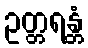
ဥတ္တရန္တံ